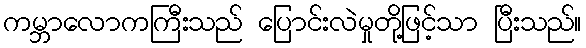
ကမ္ဘာလောကကြီးသည် ပြောင်းလဲမှုတို့ဖြင့်သာ ပြီးသည်။